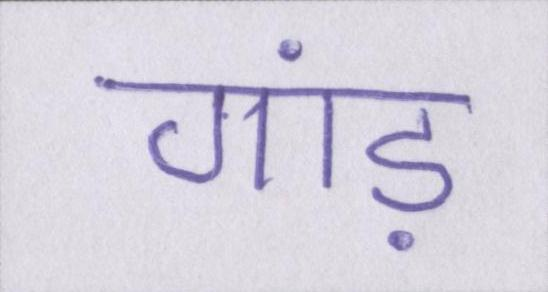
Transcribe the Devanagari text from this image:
गांड़